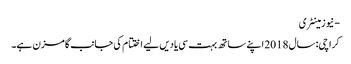
- نیوزمینٹری
کراچی: سال 2018 اپنے ساتھ بہت سی یادیں لیے اختتام کی جانب گامزن ہے۔